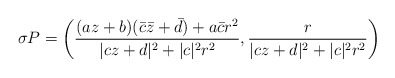
\begin{align*}\sigma P=\left(\frac{(az+b)(\bar c\bar z+\bar d)+a\bar cr^2}{|cz+d|^2+|c|^2r^2},\frac{r}{|cz+d|^2+|c|^2r^2}\right)\end{align*}